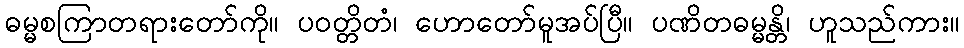
ဓမ္မစကြာတရားတော်ကို။ ပဝတ္တိတံ၊ ဟောတော်မူအပ်ပြီ။ ပဏိတဓမ္မန္တိ၊ ဟူသည်ကား။